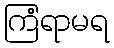
ကြံရာမရ